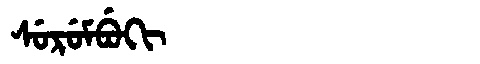
Manchu: ᠰᡠᡵᡠᠮᠪᡠᡴᡳ
Romanization: SURUMBUKI